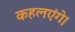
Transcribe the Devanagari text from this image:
कहलएंगे।